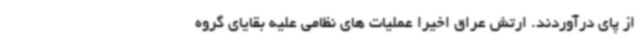
از پای درآوردند. ارتش عراق اخیرا عملیات های نظامی علیه بقایای گروه